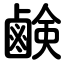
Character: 鹸